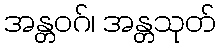
အန္တဝဂ်၊ အန္တသုတ်